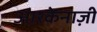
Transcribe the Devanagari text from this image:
आश्केनाज़ी